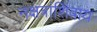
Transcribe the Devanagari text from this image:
नक्षत्रांशिवाय